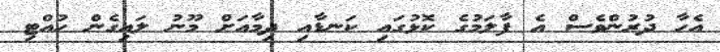
އެހާ ދުރުންވެސް އެ ފާލަމުގެ ކޮޅުގައި ކަނޑާއި ދިމާއަށް މޫނު ލައިގެން ހުއްޓި